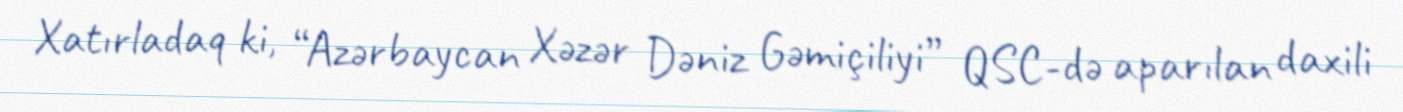
Xatırladaq ki, “Azərbaycan Xəzər Dəniz Gəmiçiliyi” QSC-də aparılan daxili